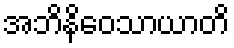
အဘိနိဝေသာယာတိ